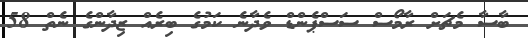
ބާސާ މެޗަށް ރާމޯސް ސަސްޕެންޑް ވެދާނެ ކަމުގެ ބިރެއް ޒިދާންގެ ނެތް 58